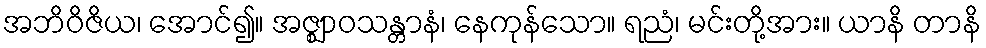
အဘိဝိဇိယ၊ အောင်၍။ အဇ္ဈာဝသန္တာနံ၊ နေကုန်သော။ ရညံ၊ မင်းတို့အား။ ယာနိ တာနိ